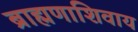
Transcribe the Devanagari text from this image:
ब्राह्मणाशिवाय